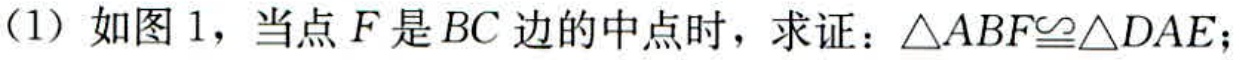
(1) 如图 1，当点 \(F\) 是 \(BC\) 边的中点时，求证：\(\triangle ABF\cong\triangle DAE\)；